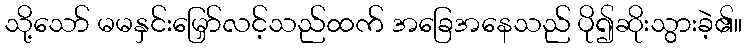
သို့သော် မမနှင်းမြှော်လင့်သည်ထက် အခြေအနေသည် ပို၍ဆိုးသွားခဲ့၏။